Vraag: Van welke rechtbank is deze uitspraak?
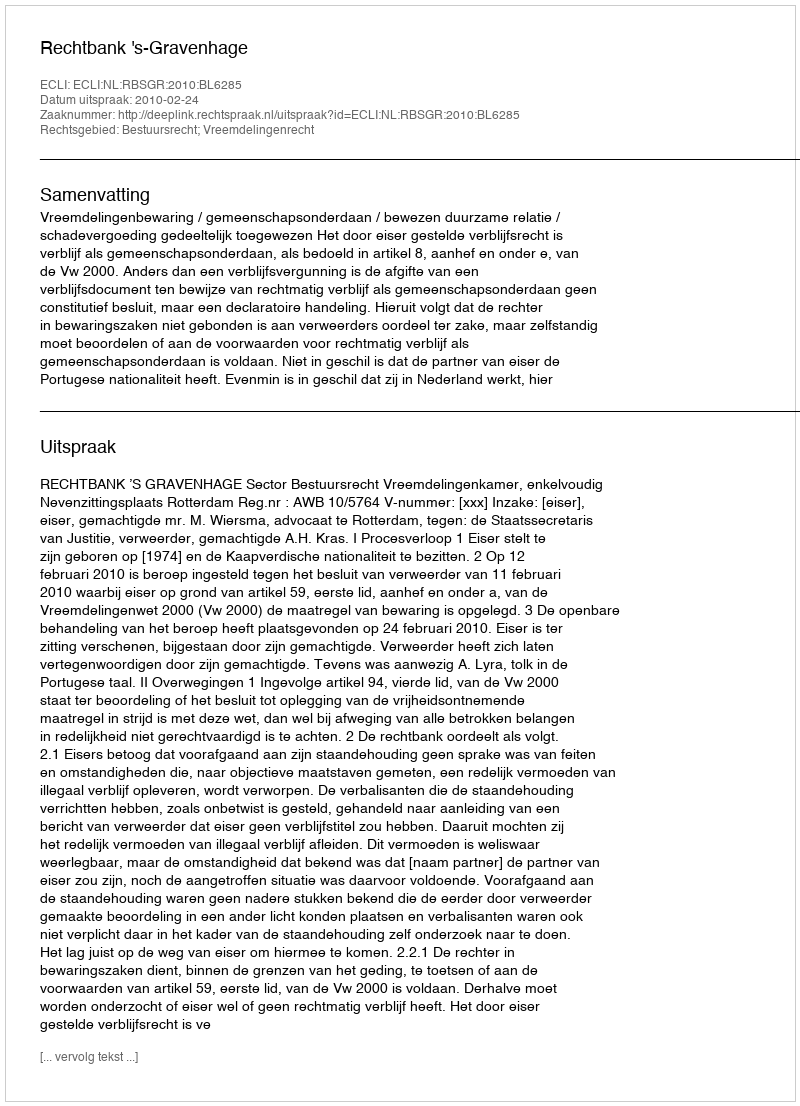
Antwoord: Rechtbank 's-Gravenhage